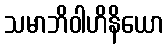
သမာဘိဝါဟိနိယော